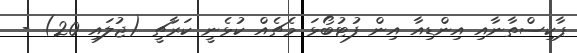
ޕާކިސްތާނާއި އިންޑިއާ އިން ފުޓުބޯޅަ މެޗެއް ކުޅެނީ ކަރާޗީ (ޖުލައި 20) -